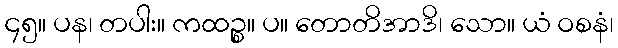
၄၅။ ပန၊ တပါး။ ကထဉ္စ။ ပ။ တောတိအာဒိ၊ သော။ ယံ ဝစနံ၊